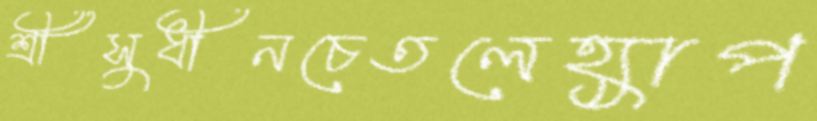
শ্রীসুধীনচেতলেহ্যাপ